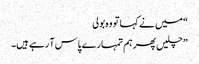
“ میں نے کہا تو وہ بولی
” چلیں پھرہم تمہارے پاس آ رہے ہیں۔